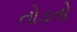
તોડતો